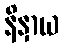
နိနှာယ